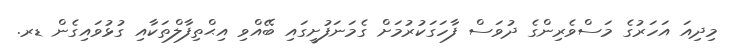
މިދިއަ އަހަރުގެ މަސްވެރިންގެ ދުވަސް ފާހަގަކުރުމަށް ގެމަނަފުށީގައި ބޭއްވި އިޙްތިފާލްތަކާއި ގުޅުވައިގެން ޑރ.